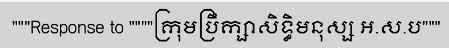
"""Response to """"ក្រុមប្រឹក្សាសិទ្ធិមនុស្ស អ.ស.ប"""